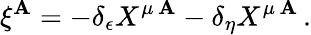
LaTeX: \xi^{\mathbf{A}}=-\delta_{\epsilon}X^{\mu\, \mathbf{A}}-\delta_{\eta}X^{\mu\, \mathbf{A}}\, .